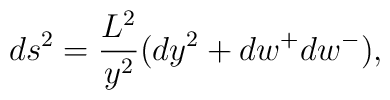
ds^2 = \frac{L^2}{y^2}( dy^2 + dw^+dw^- ),